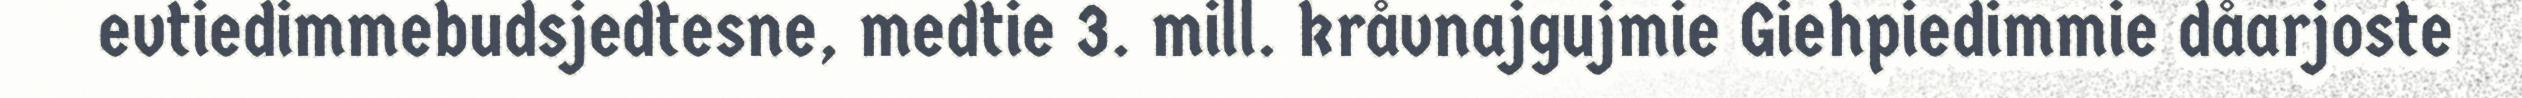
evtiedimmebudsjedtesne, medtie 3. mill. kråvnajgujmie Giehpiedimmie dåarjoste